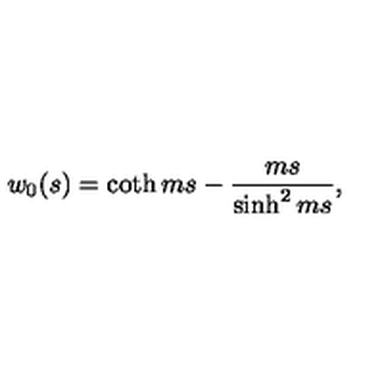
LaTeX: w _ { 0 } ( s ) = \coth m s - \frac { m s } { \sinh ^ { 2 } m s } ,